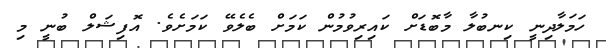
ހަމަލާދިނީ ކިނބުލާ މާބޮޑަށް ކައިރިވުމުން ކަމަށް ބެލެވޭ ކަމަށެވެ. އޮފިޝަލް ބުނީ މި